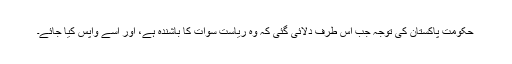
حکومتِ پاکستان کی توجہ جب اس طرف دلائی گئی کہ وہ ریاست سوات کا باشندہ ہے، اور اُسے واپس کیا جائے۔